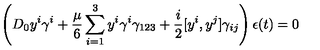
\left( D _ { 0 } y ^ { i } \gamma ^ { i } + { \frac { \mu } { 6 } } \sum _ { i = 1 } ^ { 3 } y ^ { i } \gamma ^ { i } \gamma _ { 1 2 3 } + { \frac { i } { 2 } } [ y ^ { i } , y ^ { j } ] \gamma _ { i j } \right) \epsilon ( t ) = 0